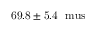
\mathrm { 6 9 . 8 \pm 5 . 4 ~ \ m u s }